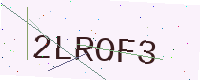
Text: 2LROF3